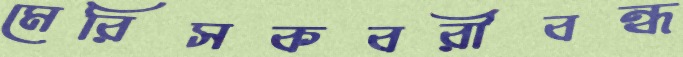
মেরিসকবরীবন্ধ